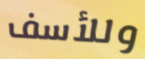
وللأسف